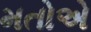
મતોએ